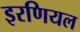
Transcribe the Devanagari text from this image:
इरणियल